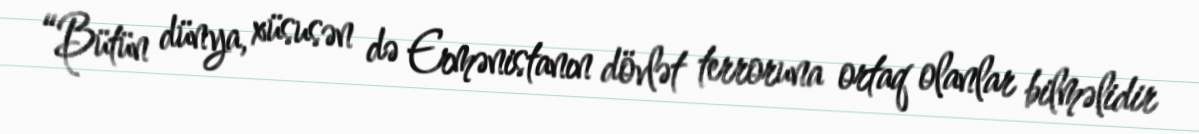
“Bütün dünya, xüsusən də Ermənistanın dövlət terroruna ortaq olanlar bilməlidir